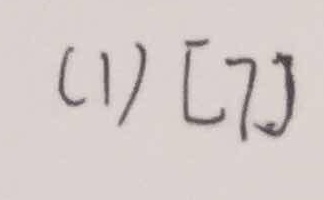
( 1 ) [ 7 ]